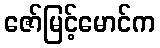
ဇော်မြင့်မောင်က